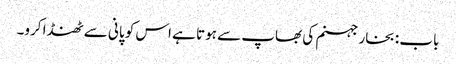
باب : بخار جہنم کی بھاپ سے ہوتا ہے اس کو پانی سے ٹھنڈا کرو۔